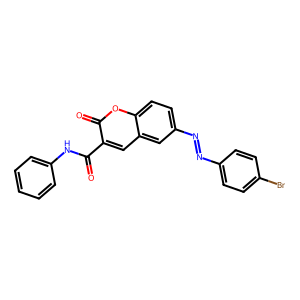
SMILES: O=C(Nc1ccccc1)c1cc2cc(N=Nc3ccc(Br)cc3)ccc2oc1=O
Inhibits HIV replication: No